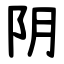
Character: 阴